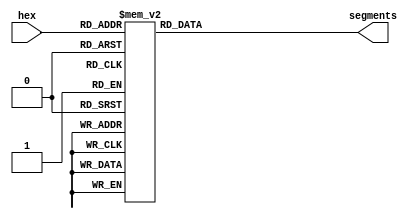
module hex_to_7_seg(hex, segments);
	input [3:0]hex;
	output reg [6:0] segments;
	always @(hex) begin
		case (hex)
			0:segments = 7'h40;
			1:segments = 7'h79;
			2:segments = 7'h24;
			3:segments = 7'h30;
			4:segments = 7'h19;
			5:segments = 7'h12;
			6:segments = 7'h02;
			7:segments = 7'h78;
			8:segments = 7'h00;
			9:segments = 7'h10;
			10:segments = 7'h08;
			11:segments = 7'h03;
			12:segments = 7'h46;
			13:segments = 7'h21;
			14:segments = 7'h06;
			15:segments = 7'h0e;
		endcase
	end
endmodule